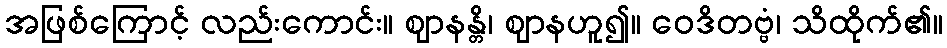
အဖြစ်ကြောင့် လည်းကောင်း။ ဈာနန္တိ၊ ဈာနဟူ၍။ ဝေဒိတဗ္ဗံ၊ သိထိုက်၏။